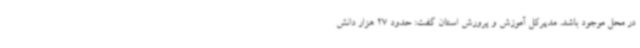
در محل موجود باشد. مدیرکل آموزش و پرورش استان گفت: حدود 27 هزار دانش